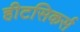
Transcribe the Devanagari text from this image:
हीटसिकर्स